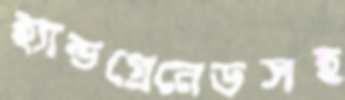
হ্যান্ডগ্রেনেডসহ